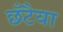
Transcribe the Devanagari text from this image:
छँटैया